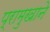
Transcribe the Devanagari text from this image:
प्रामुखाने